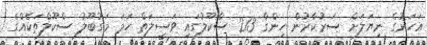
އަހަރުގެ ނިޔަލަށް ސަރުކާރުން ހިންގާ 213 ސްކޫލުގައި ވަސީލަތް ހަމަ މަގުބޫލު ސްކޫލްތަކެއްގެ